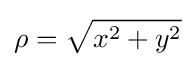
\rho ={\sqrt {x^{2}+y^{2}}}